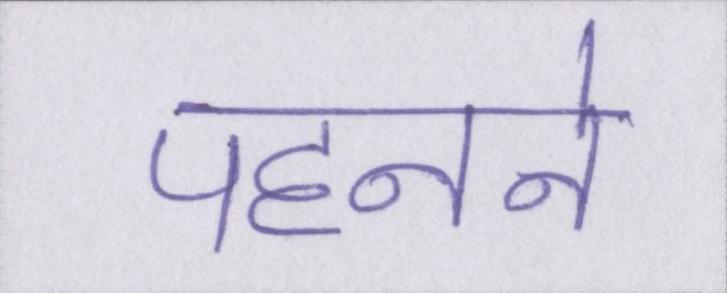
पहनने